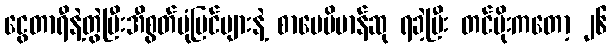
ငွေတာရီနဲ့တွဲပြီးအီစွတ်ပုံပြင်များနဲ့ စာပေဗိမာန်ဆု ရခဲ့ပြီး တင်မိုးကတော့ ၂၆